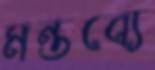
মন্তব্যে